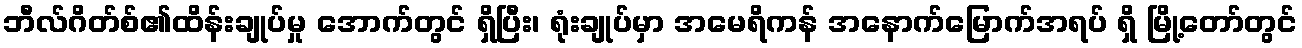
ဘီလ်ဂိတ်စ်၏ထိန်းချုပ်မှု အောက်တွင် ရှိပြီး၊ ရုံးချုပ်မှာ အမေရိကန် အနောက်မြောက်အရပ် ရှိ မြို့တော်တွင်